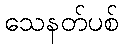
သေနတ်ပစ်